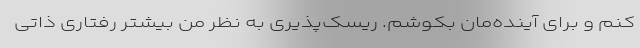
کنم و برای آینده‌مان بکوشم. ریسک‌پذیری به نظر من بیشتر رفتاری ذاتی